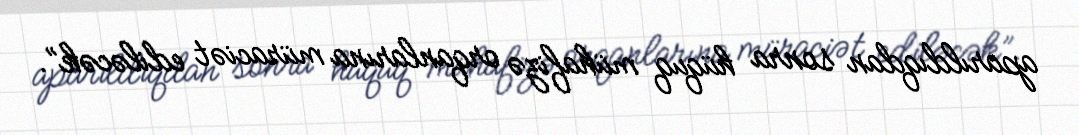
aparıldıqdan sonra hüquq mühafizə orqanlarına müraciət ediləcək”.